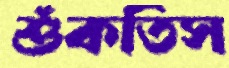
শুঁকতিস